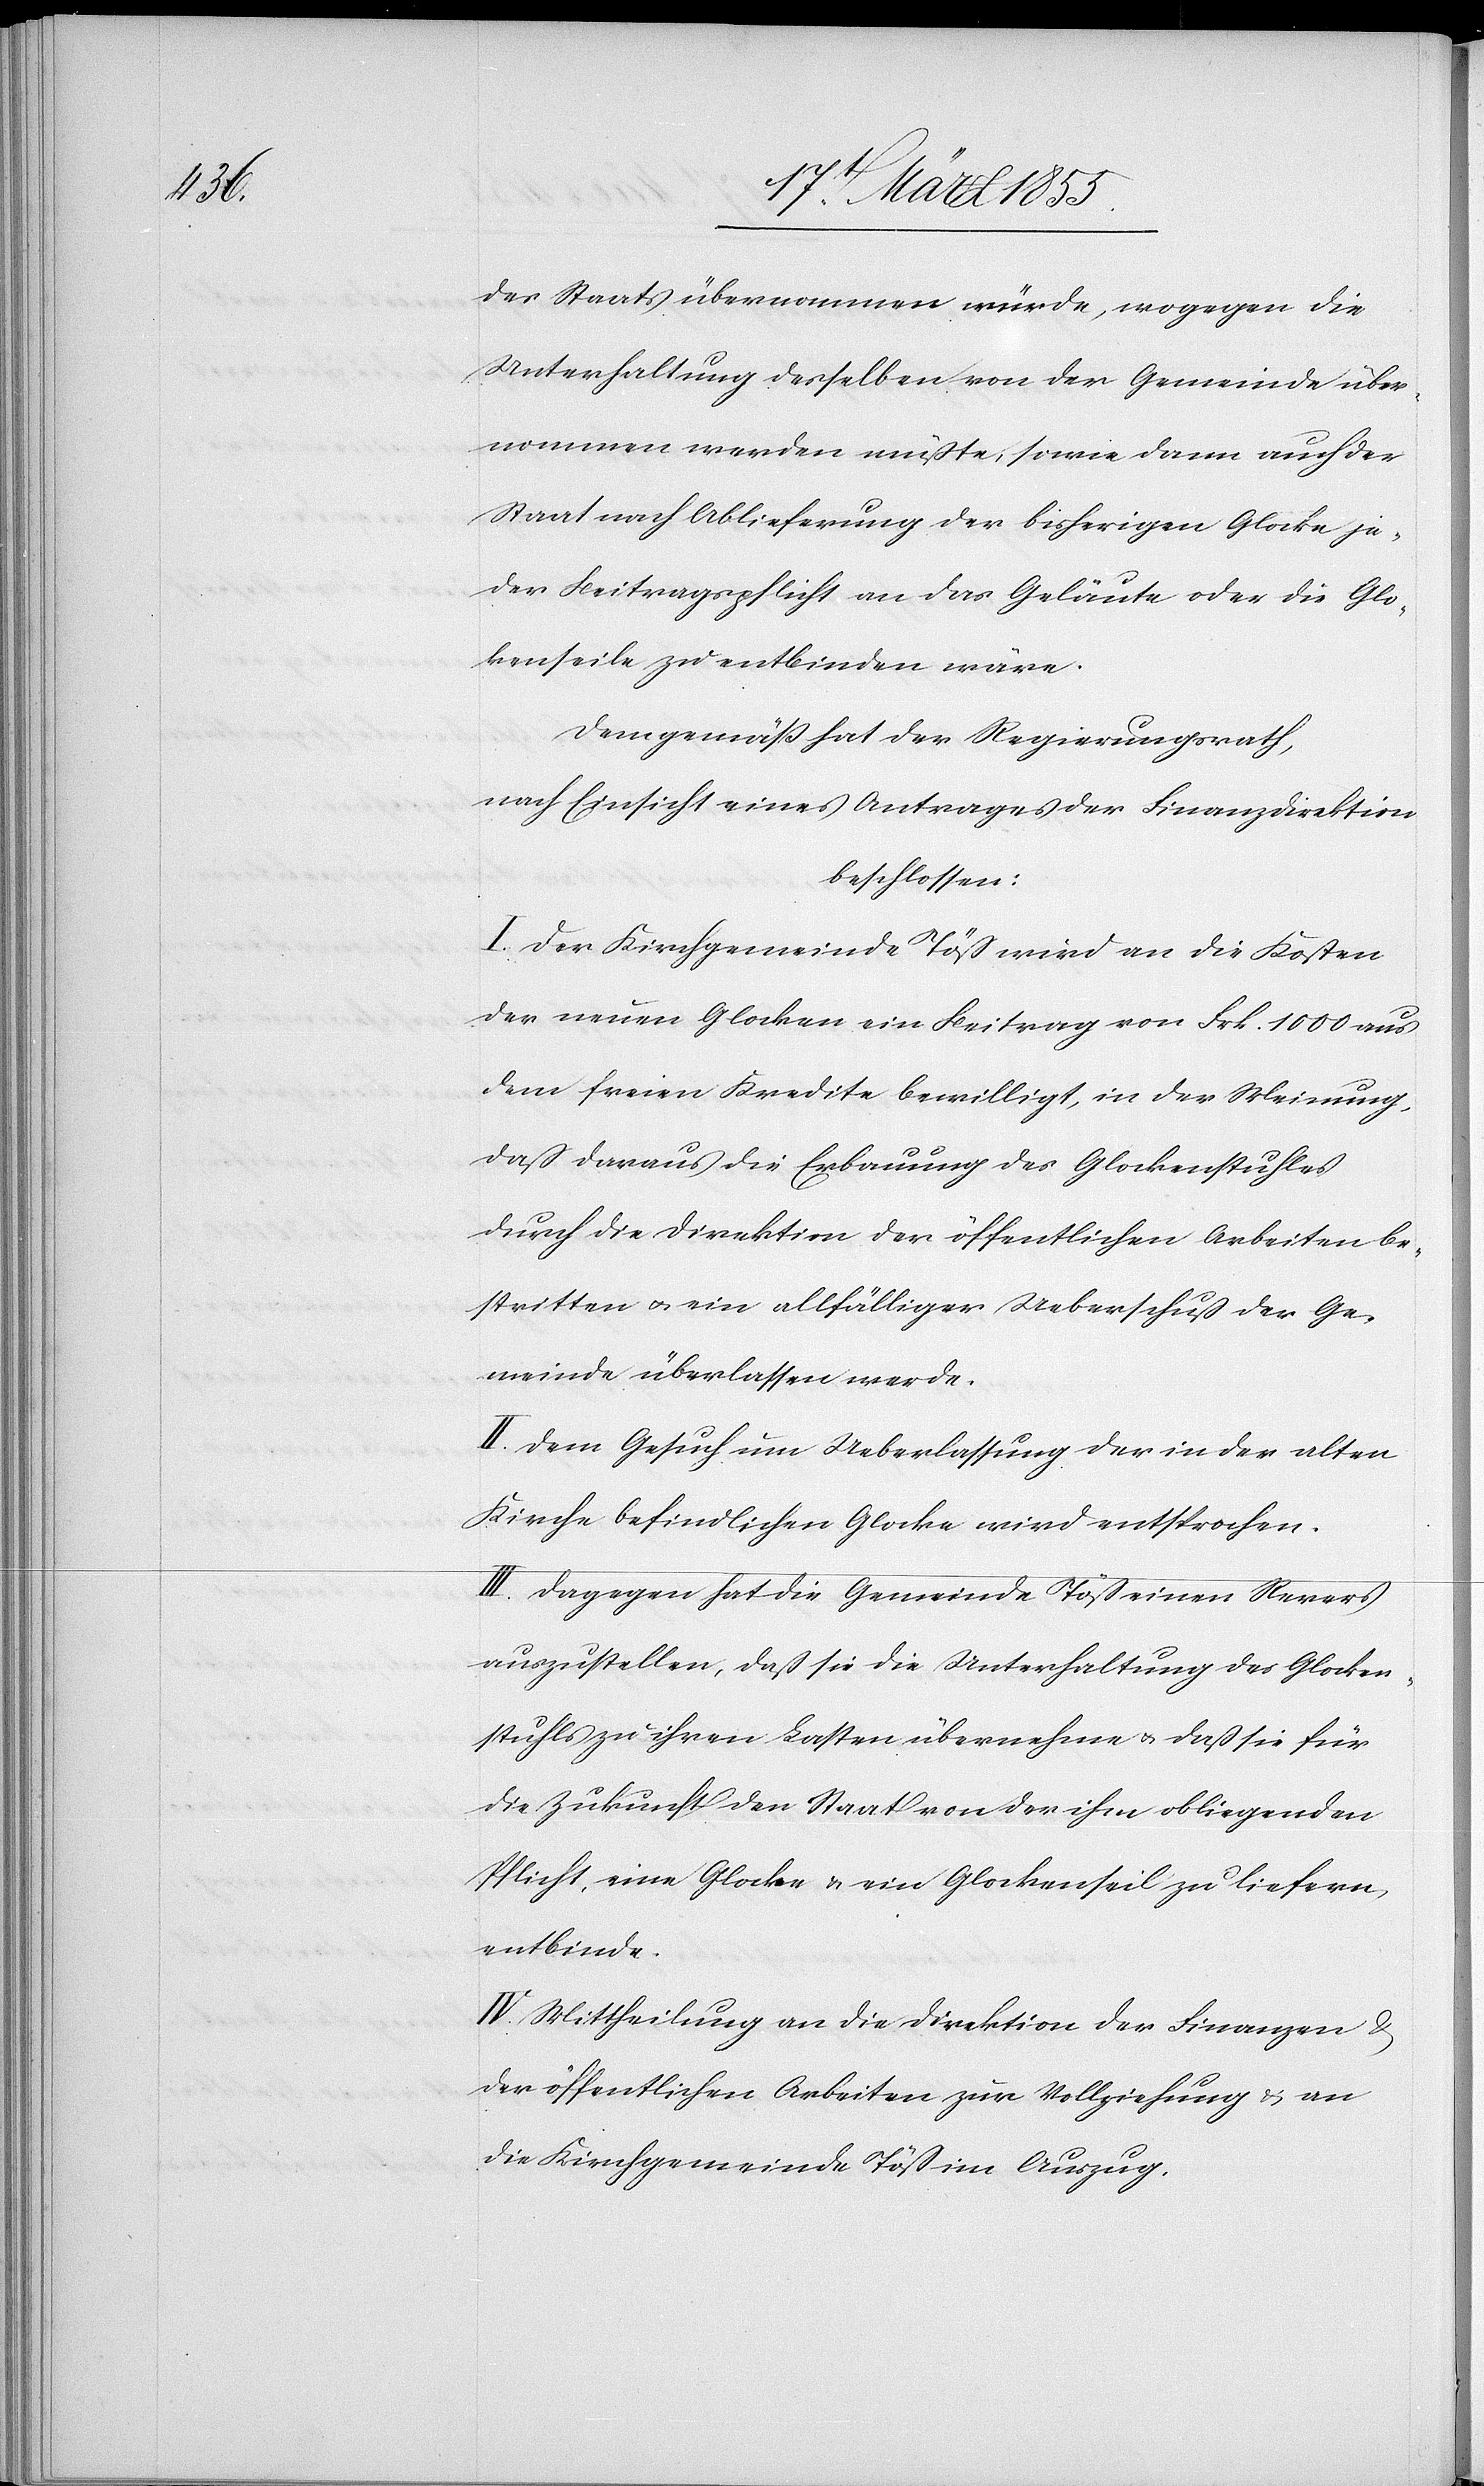
des Staats übernommen würde, wogegen die
Unterhaltung desselben von der Gemeinde über¬
nommen werden müßte, sowie dann auch der
Staat nach Ablieferung der bisherigen Glocke je¬
der Beitragspflicht an das Geläute oder die Gl¬
o[c]kenseile zu entbinden wäre.
Demgemäß hat der Regierungsrath,
nach Einsicht eines Antrages der Finanzdirektion
beschlossen:
I. Der Kirchgemeinde Töß wird an die Kosten
der neuen Glocken ein Beitrag von Frk. 1000 aus
dem freien Kredite bewilligt, in der Meinung,
daß daraus die Erbauung des Glockenstuhles
durch die Direktion der öffentlichen Arbeiten be¬
stritten & ein allfälliger Ueberschuß der Ge¬
meinde überlassen werde.
II. Dem Gesuch um Ueberlaßung der in der alten
Kirche befindlichen Glocke wird entsprochen.
III. Dagegen hat die Gemeinde Töß einen Revers
auszustellen, daß sie die Unterhaltung des Glocken¬
stuhls zu ihren Lasten übernehme & daß sie für
die Zukunft den Staat von der ihm obliegenden
Pflicht, eine Glocke & ein Glockenseil zu liefern,
entbinde.
IV. Mittheilung an die Direktion der Finanzen &
der öffentlichen Arbeiten zur Vollziehung & an
die Kirchgemeinde Töß im Auszug.